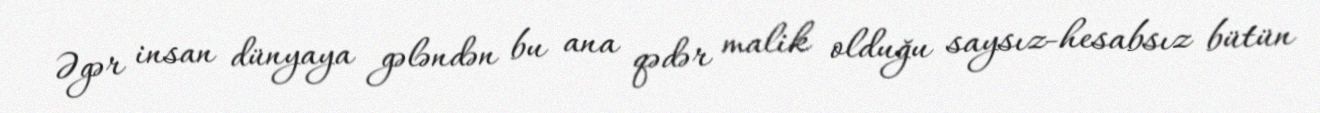
Əgər insan dünyaya gələndən bu ana qədər malik olduğu saysız-hesabsız bütün